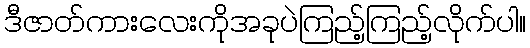
ဒီဇာတ်ကားလေးကိုအခုပဲကြည့်ကြည့်လိုက်ပါ။